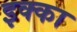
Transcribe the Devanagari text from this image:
इक्‍का